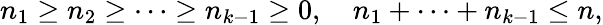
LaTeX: n_{1}\geq n_{2}\geq\cdots\geq n_{k-1}\geq 0,~~~~n_{1}+\cdots+n_{k-1}\leq n,